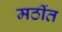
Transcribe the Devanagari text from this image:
मठींत